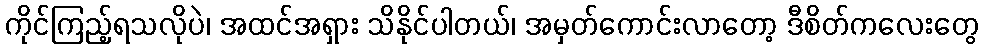
ကိုင်ကြည့်ရသလိုပဲ၊ အထင်အရှား သိနိုင်ပါတယ်၊ အမှတ်ကောင်းလာတော့ ဒီစိတ်ကလေးတွေ